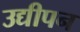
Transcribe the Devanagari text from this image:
उद्यीपन